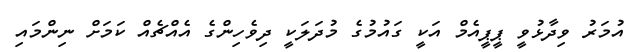
އުމަރު ވިދާޅުވީ ޕީޕީއެމް އަކީ ގައުމުގެ މުދަލަކީ ދިވެހިންގެ އެއްޗެއް ކަމަށް ނިންމައި